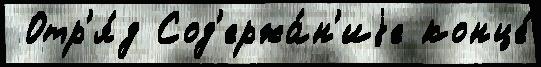
 Отр'я́д Сод'ержа́н'иjе конце́